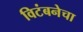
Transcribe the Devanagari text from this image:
विटंबनेचा